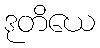
ဒုတိယေ